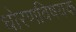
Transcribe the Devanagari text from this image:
धोरणविषयक